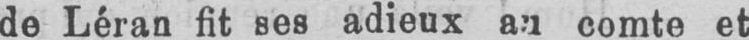
de Léran fit ses adieux au comte et